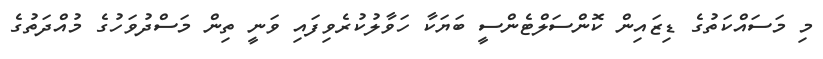
މި މަސައްކަތުގެ ޑިޒައިން ކޮންސަލްޓެންސީ ބަޔަކާ ހަވާލުކުރެވިފައި ވަނީ ތިން މަސްދުވަހުގެ މުއްދަތުގެ